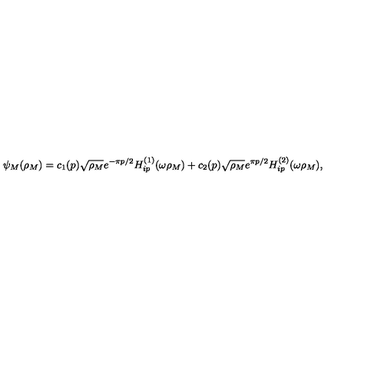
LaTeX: \psi _ { M } ( \rho _ { M } ) = c _ { 1 } ( p ) \sqrt { \rho _ { M } } e ^ { - \pi p / 2 } H _ { i p } ^ { ( 1 ) } ( \omega \rho _ { M } ) + c _ { 2 } ( p ) \sqrt { \rho _ { M } } e ^ { \pi p / 2 } H _ { i p } ^ { ( 2 ) } ( \omega \rho _ { M } ) ,